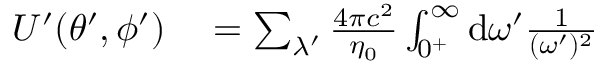
\begin{array} { r l } { U ^ { \prime } ( \theta ^ { \prime } , \phi ^ { \prime } ) } & { { } = \sum _ { \lambda ^ { \prime } } \frac { 4 \pi c ^ { 2 } } { \eta _ { 0 } } \int _ { 0 ^ { + } } ^ { \infty } \mathrm { d } \omega ^ { \prime } \frac { 1 } { ( \omega ^ { \prime } ) ^ { 2 } } } \end{array}